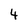
Character: 4